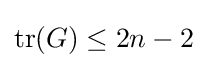
{\textstyle \mathop {\mathrm {tr} } (G)\leq 2n-2}